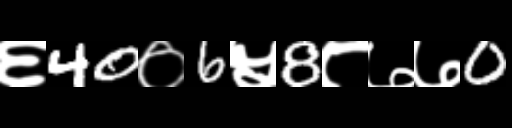
Text: ६40०6५8८७७0